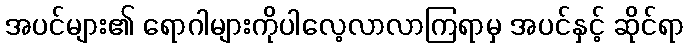
အပင်များ၏ ရောဂါများကိုပါလေ့လာလာကြရာမှ အပင်နှင့် ဆိုင်ရာ